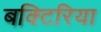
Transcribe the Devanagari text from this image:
बक्टिरिया